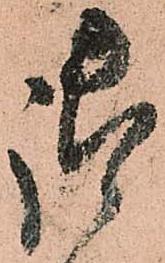
御